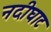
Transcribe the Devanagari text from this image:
नदीघाट